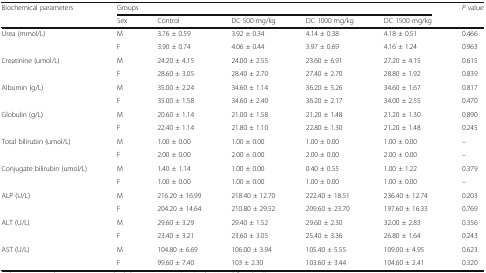
<table><thead><tr><td rowspan="2"><b>Biochemical parameters</b></td><td colspan="5"><b>Groups</b></td><td rowspan="2"><b><i>P</i> value</b></td></tr><tr><td><b>Sex</b></td><td><b>Control</b></td><td><b>DC 500 mg/kg</b></td><td><b>DC 1000 mg/kg</b></td><td><b>DC 1500 mg/kg</b></td></tr></thead><tbody><tr><td rowspan="2">Urea (mmol/L)</td><td>M</td><td>3.76 ± 0.59</td><td>3.92 ± 0.34</td><td>4.14 ± 0.38</td><td>4.18 ± 0.51</td><td>0.466</td></tr><tr><td>F</td><td>3.90 ± 0.74</td><td>4.06 ± 0.44</td><td>3.97 ± 0.69</td><td>4.16 ± 1.24</td><td>0.963</td></tr><tr><td rowspan="2">Creatinine (umol/L)</td><td>M</td><td>24.20 ± 4.15</td><td>24.00 ± 2.55</td><td>23.60 ± 6.91</td><td>27.20 ± 4.15</td><td>0.615</td></tr><tr><td>F</td><td>28.60 ± 3.05</td><td>28.40 ± 2.70</td><td>27.40 ± 2.70</td><td>28.80 ± 1.92</td><td>0.839</td></tr><tr><td rowspan="2">Albumin (g/L)</td><td>M</td><td>35.00 ± 2.24</td><td>34.60 ± 1.14</td><td>36.20 ± 5.26</td><td>34.60 ± 1.67</td><td>0.817</td></tr><tr><td>F</td><td>35.00 ± 1.58</td><td>34.60 ± 2.40</td><td>36.20 ± 2.17</td><td>34.00 ± 2.55</td><td>0.470</td></tr><tr><td rowspan="2">Globulin (g/L)</td><td>M</td><td>20.60 ± 1.14</td><td>21.00 ± 1.58</td><td>21.20 ± 1.48</td><td>21.20 ± 1.30</td><td>0.890</td></tr><tr><td>F</td><td>22.40 ± 1.14</td><td>21.80 ± 1.10</td><td>22.80 ± 1.30</td><td>21.20 ± 1.48</td><td>0.245</td></tr><tr><td rowspan="2">Total bilirubin (umol/L)</td><td>M</td><td>1.00 ± 0.00</td><td>1.00 ± 0.00</td><td>1.00 ± 0.00</td><td>1.00 ± 0.00</td><td>–</td></tr><tr><td>F</td><td>2.00 ± 0.00</td><td>2.00 ± 0.00</td><td>2.00 ± 0.00</td><td>2.00 ± 0.00</td><td>–</td></tr><tr><td rowspan="2">Conjugate bilirubin (umol/L)</td><td>M</td><td>1.40 ± 1.14</td><td>1.00 ± 0.00</td><td>0.40 ± 0.55</td><td>1.00 ± 1.22</td><td>0.379</td></tr><tr><td>F</td><td>1.00 ± 0.00</td><td>1.00 ± 0.00</td><td>1.00 ± 0.00</td><td>1.00 ± 0.00</td><td>–</td></tr><tr><td rowspan="2">ALP (U/L)</td><td>M</td><td>216.20 ± 16.99</td><td>218.40 ± 12.70</td><td>222.40 ± 18.51</td><td>236.40 ± 12.74</td><td>0.203</td></tr><tr><td>F</td><td>204.20 ± 14.64</td><td>210.80 ± 29.52</td><td>209.60 ± 23.70</td><td>197.60 ± 16.33</td><td>0.769</td></tr><tr><td rowspan="2">ALT (U/L)</td><td>M</td><td>29.60 ± 3.29</td><td>29.40 ± 1.52</td><td>29.60 ± 2.30</td><td>32.00 ± 2.83</td><td>0.356</td></tr><tr><td>F</td><td>23.40 ± 3.21</td><td>23.60 ± 3.05</td><td>25.40 ± 3.36</td><td>26.80 ± 1.64</td><td>0.243</td></tr><tr><td rowspan="2">AST (U/L)</td><td>M</td><td>104.80 ± 6.69</td><td>106.00 ± 3.94</td><td>105.40 ± 5.55</td><td>109.00 ± 4.95</td><td>0.623</td></tr><tr><td>F</td><td>99.60 ± 7.40</td><td>103 ± 2.30</td><td>103.60 ± 3.44</td><td>104.60 ± 2.41</td><td>0.320</td></tr></tbody></table>